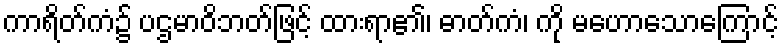
ကာရိတ်ကံ၌ ပဌမာဝိဘတ်ဖြင့် ထားရာ၏၊ ဓာတ်ကံ၊ ကို မဟောသောကြောင့်